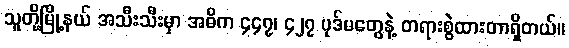
သူတို့မြို့နယ် အသီးသီးမှာ အဓိက ၄၄၇၊ ၄၂၇ ပုဒ်မတွေနဲ့ တရားစွဲထားတာရှိတယ်။